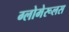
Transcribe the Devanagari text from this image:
ग्लोमेरूलस